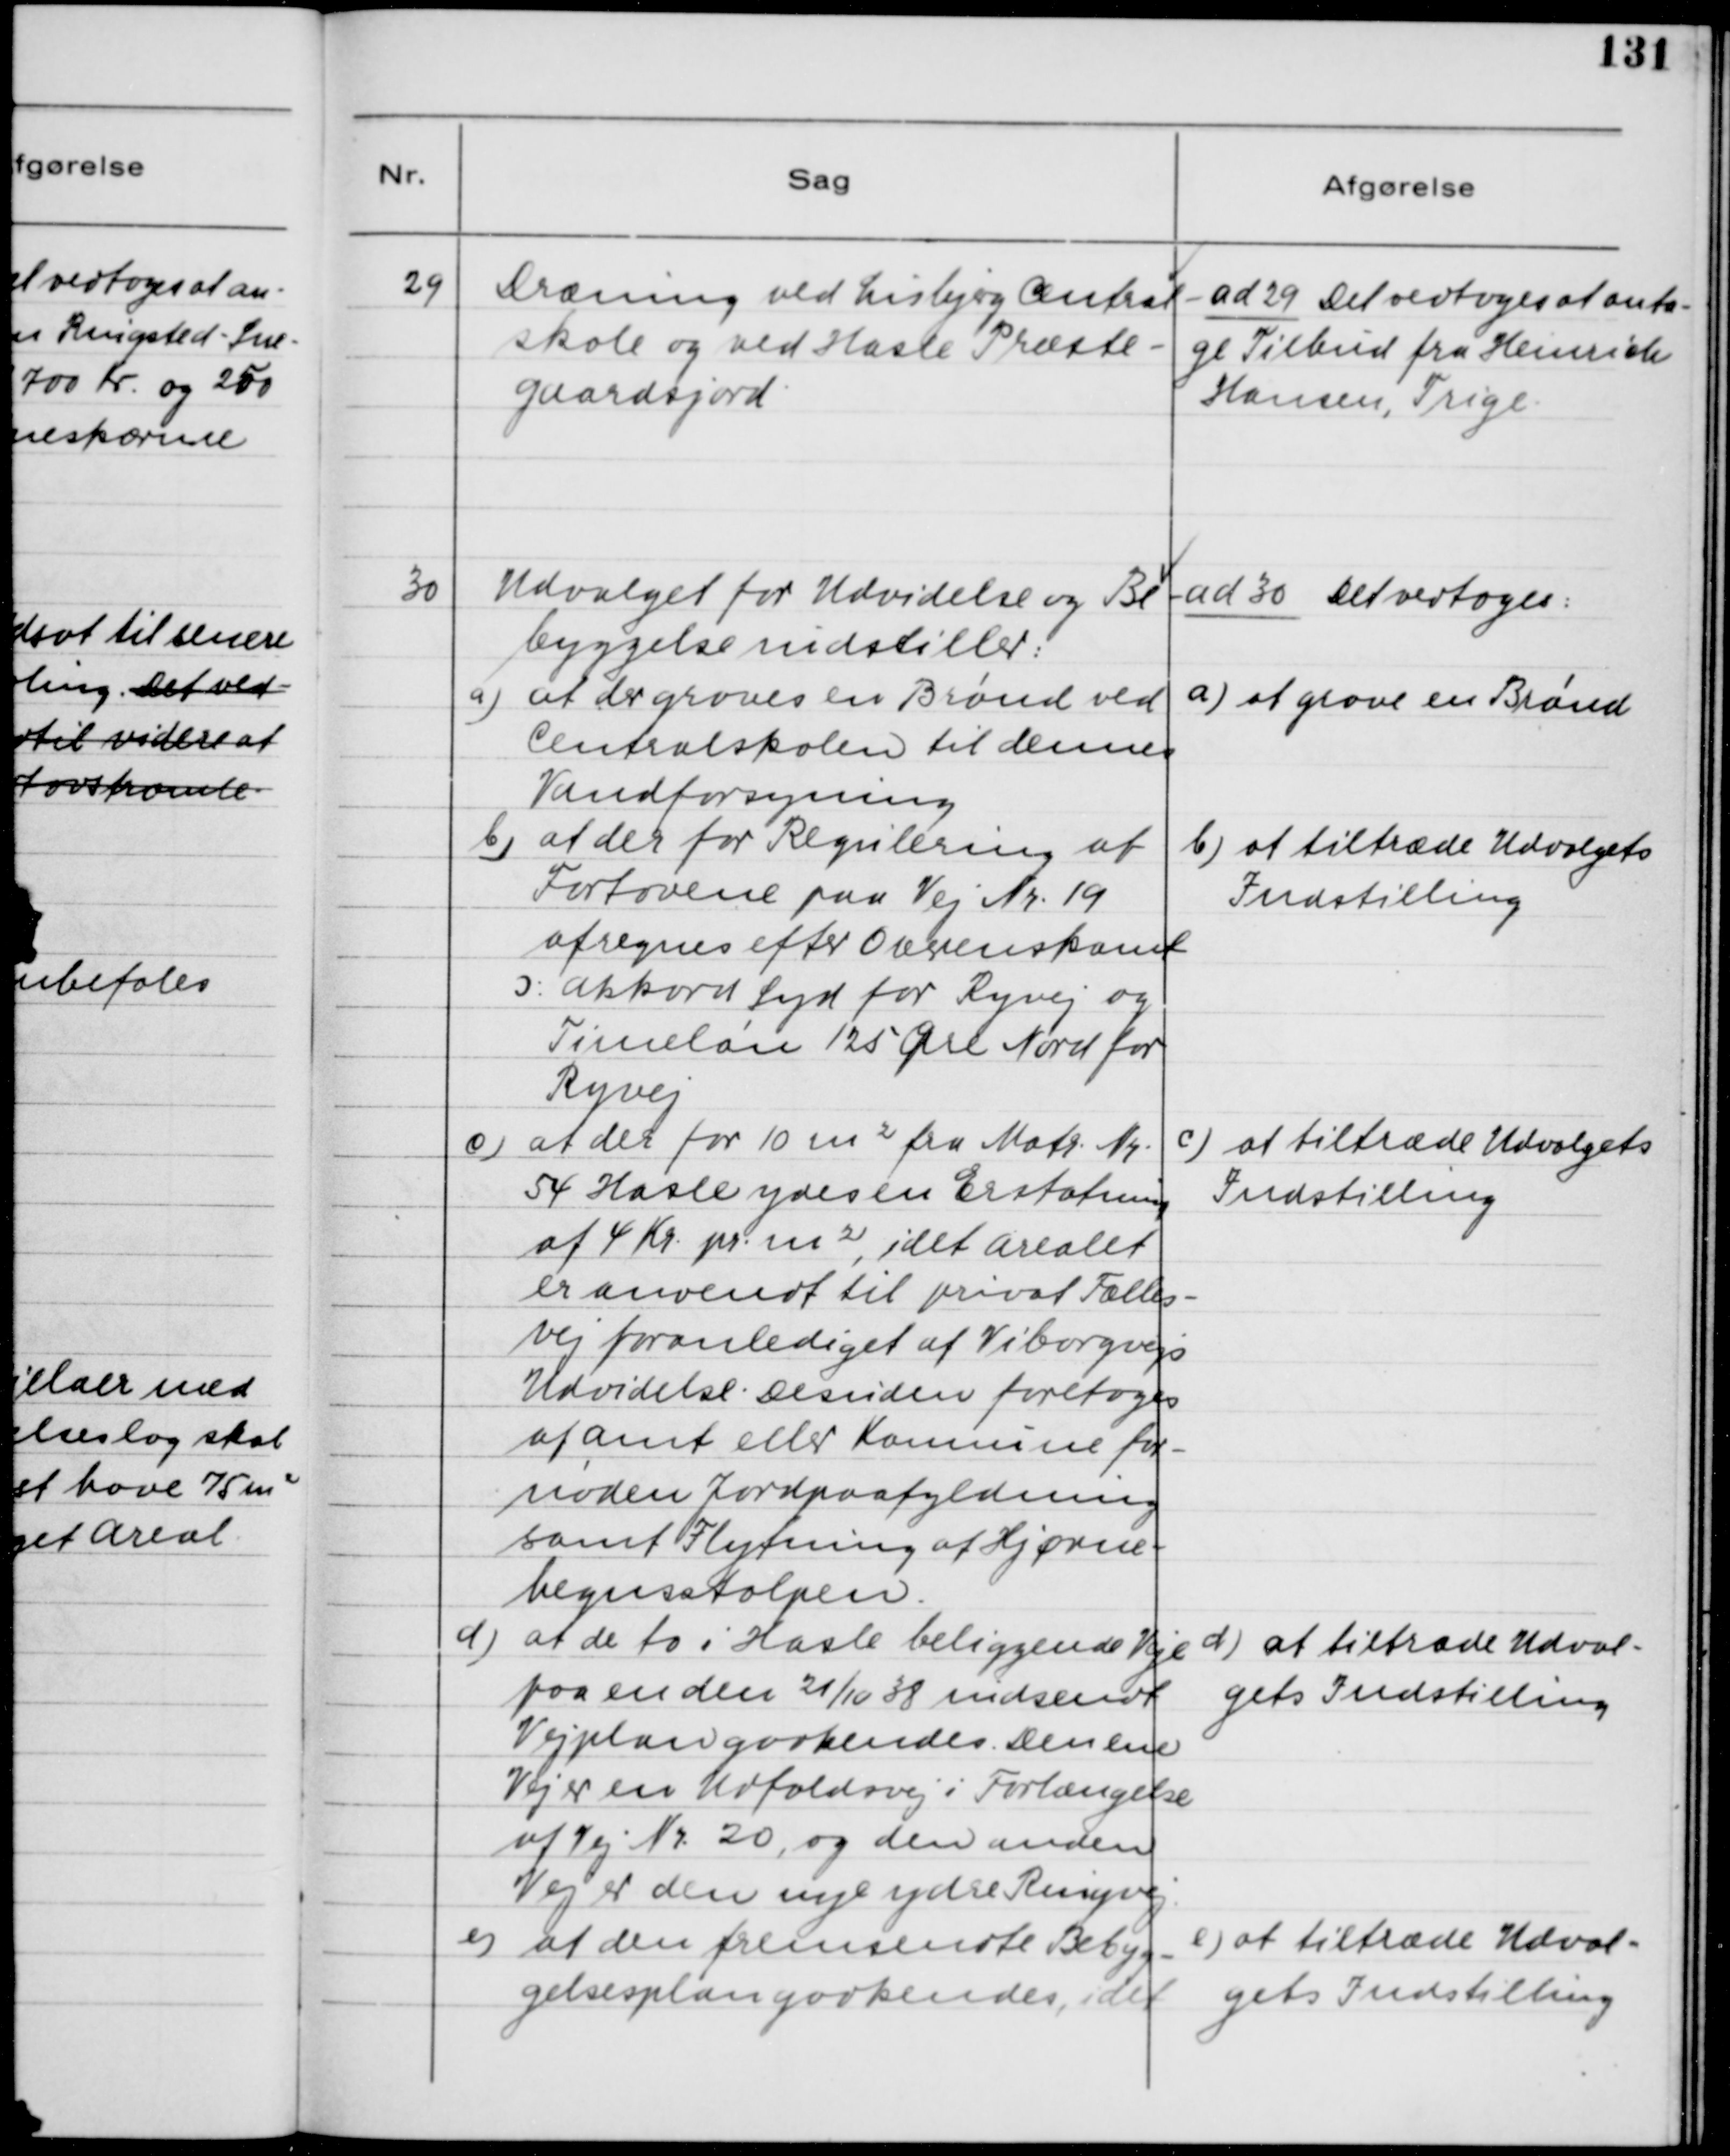
Transskription:
29. Dræning ved Lisbjerg Central-
skole og ved Hasle Præste-
gaardsjord.

ad 29. Det vedtoges at anta-
ge Tilbud fra Heinrich
Hansen, Trige.

30. Udvalget for Udvidelse og Be-
byggelse indstiller:
a) at der graves en Brønd ved
Centralskolen til dennes
Vandforsyning
b) at der for Regulering af
Fortovene paa Vej Nr. 19
afregnes efter Overenskomst
a) Akkord Syd for Ryvej og
Timeløn 125 Øre Nord for
Ryvej
c) at der for 10 m2 fra Matr. Nr.
54 Hasle ydes en Erstatning
af 4 Kr. pr. m2, idet Arealet
er anvendt til privat Fælles-
vej foranlediget af Viborgvejs
Udvidelse. Desuden foretages
af Amt eller Kommune for-
nødne Jordpaafyldning
samt Flytning af Hjørne-
hegnsstolpen.
d) af de to i Hasle beliggende Veje
paa en den 21/10 38 indsendt
Vejplan godkendtes. Den ene
Vej er en Udfaldsvej i Forlængelse
af Vej Nr. 20, og den anden
Vej er den nye ydre Ringvej.
e) at den fremsendte Bebyg-
gelsesplan godkendes, idet

ad 30. Det vedtoges:
a) at grave en Brønd
b) at tiltræde Udvalgets
Indstilling
c) at tiltræde Udvalgets
Indstilling
d) at tiltræde Udvalg-
gets Indstilling
e) at tiltræde Udval-
gets Indstilling.